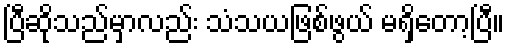
ပြီဆိုသည်မှာလည်း သံသယဖြစ်ဖွယ် မရှိတော့ပြီ။